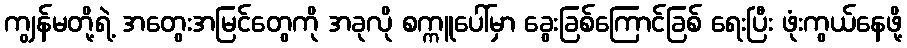
ကျွန်မတို့ရဲ့ အတွေးအမြင်တွေကို အခုလို စက္ကူပေါ်မှာ ခွေးခြစ်ကြောင်ခြစ် ရေးပြီး ဖုံးကွယ်နေဖို့